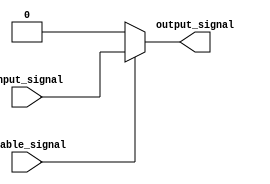
module active_high_buffer (
    input input_signal,
    input enable_signal,
    output reg output_signal
);

always @ (input_signal, enable_signal)
begin
    if (enable_signal)
        output_signal <= input_signal;
    else
        output_signal <= 0;
end

endmodule